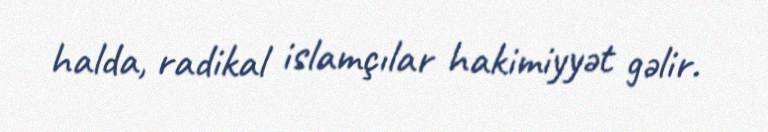
halda, radikal islamçılar hakimiyyət gəlir.